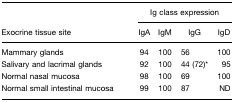
<table><thead><tr><td></td><td colspan="4"><b>Ig class expression</b></td></tr><tr><td><b>Exocrine tissue site</b></td><td><b>IgA</b></td><td><b>IgM</b></td><td><b>IgG</b></td><td><b>IgD</b></td></tr></thead><tbody><tr><td>Mammary glands</td><td>94</td><td>100</td><td>56</td><td>100</td></tr><tr><td>Salivary and lacrimal glands</td><td>92</td><td>100</td><td>44 (72)*</td><td>95</td></tr><tr><td>Normal nasal mucosa</td><td>98</td><td>100</td><td>69</td><td>100</td></tr><tr><td>Normal small intestinal mucosa</td><td>99</td><td>100</td><td>87</td><td>ND</td></tr></tbody></table>